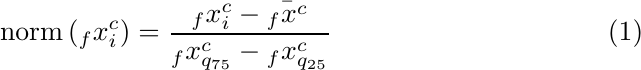
\begin{equation} \label{robustscaler_eq}
\mbox{norm}\left({}_{f}x_{i}^{c}\right) = \frac{{}_{f}x_i^c - \bar{{}_{f}x^c}}{{}_{f}x_{q_{75}}^c - {}_{f}x_{q_{25}}^c}
\end{equation}